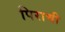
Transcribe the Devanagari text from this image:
पिराची